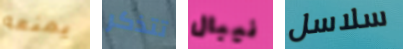
يمنعه تتذكر نيبال سلاسل